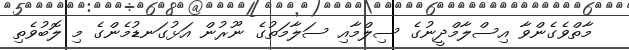
މާތްވެގެންވާ އިސްލާމްދީނުގެ ސިލްމާއި ސަލާމަތުގެ ނޫރުން އަޅުގަނޑުމެންގެ މި ލޮބުވެތި